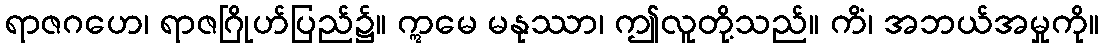
ရာဇဂဟေ၊ ရာဇဂြိုဟ်ပြည်၌။ ဣမေ မနုဿာ၊ ဤလူတို့သည်။ ကိံ၊ အဘယ်အမှုကို။